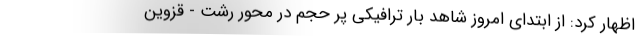
اظهار کرد: از ابتدای امروز شاهد بار ترافیکی پر حجم در محور رشت - قزوین